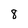
Character: 8